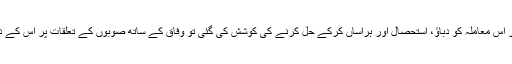
لیکن ایک بات طے ہے کہ اگر اس معاملہ کو دباؤ، استحصال اور ہراساں کرکے حل کرنے کی کوشش کی گئی تو وفاق کے ساتھ صوبوں کے تعلقات پر اس کے دوررس اثرات مرتب ہوں گے۔